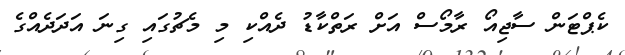
ކެޕްޓަން ސާޖިއޯ ރާމޯސް އަށް ރަތްކާޑު ދެއްކި މި މެޗުގައި ގިނަ އަދަދެއްގެ